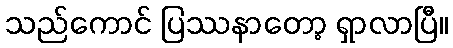
သည်ကောင် ပြဿနာတော့ ရှာလာပြီ။